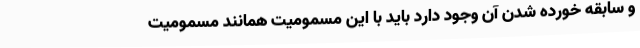
و سابقه خورده شدن آن وجود دارد باید با این مسمومیت همانند مسمومیت